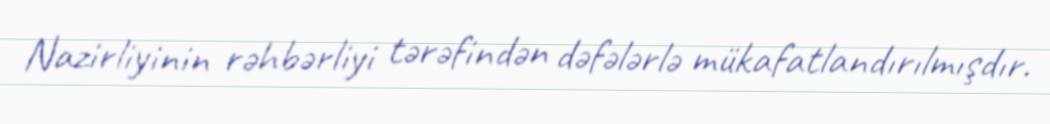
Nazirliyinin rəhbərliyi tərəfindən dəfələrlə mükafatlandırılmışdır.